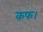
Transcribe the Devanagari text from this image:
कफ।